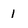
Character: 1